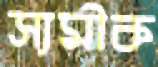
স্যমীক